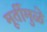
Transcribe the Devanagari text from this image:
मूर्तीमुळे